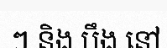
ៗ និង បឹង នៅ